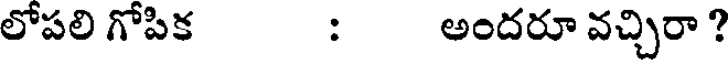
లోపలి గోపిక : అందరూ వచ్చిరా ?